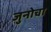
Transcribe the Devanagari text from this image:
जुनोचा